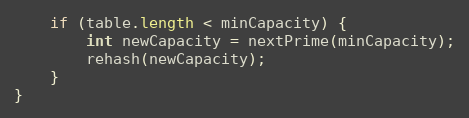
Language: Java
	if (table.length < minCapacity) {
		int newCapacity = nextPrime(minCapacity);
		rehash(newCapacity);
	}
}